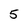
Character: 5